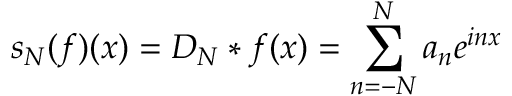
s _ { N } ( f ) ( x ) = D _ { N } * f ( x ) = \sum _ { n = - N } ^ { N } a _ { n } e ^ { i n x }